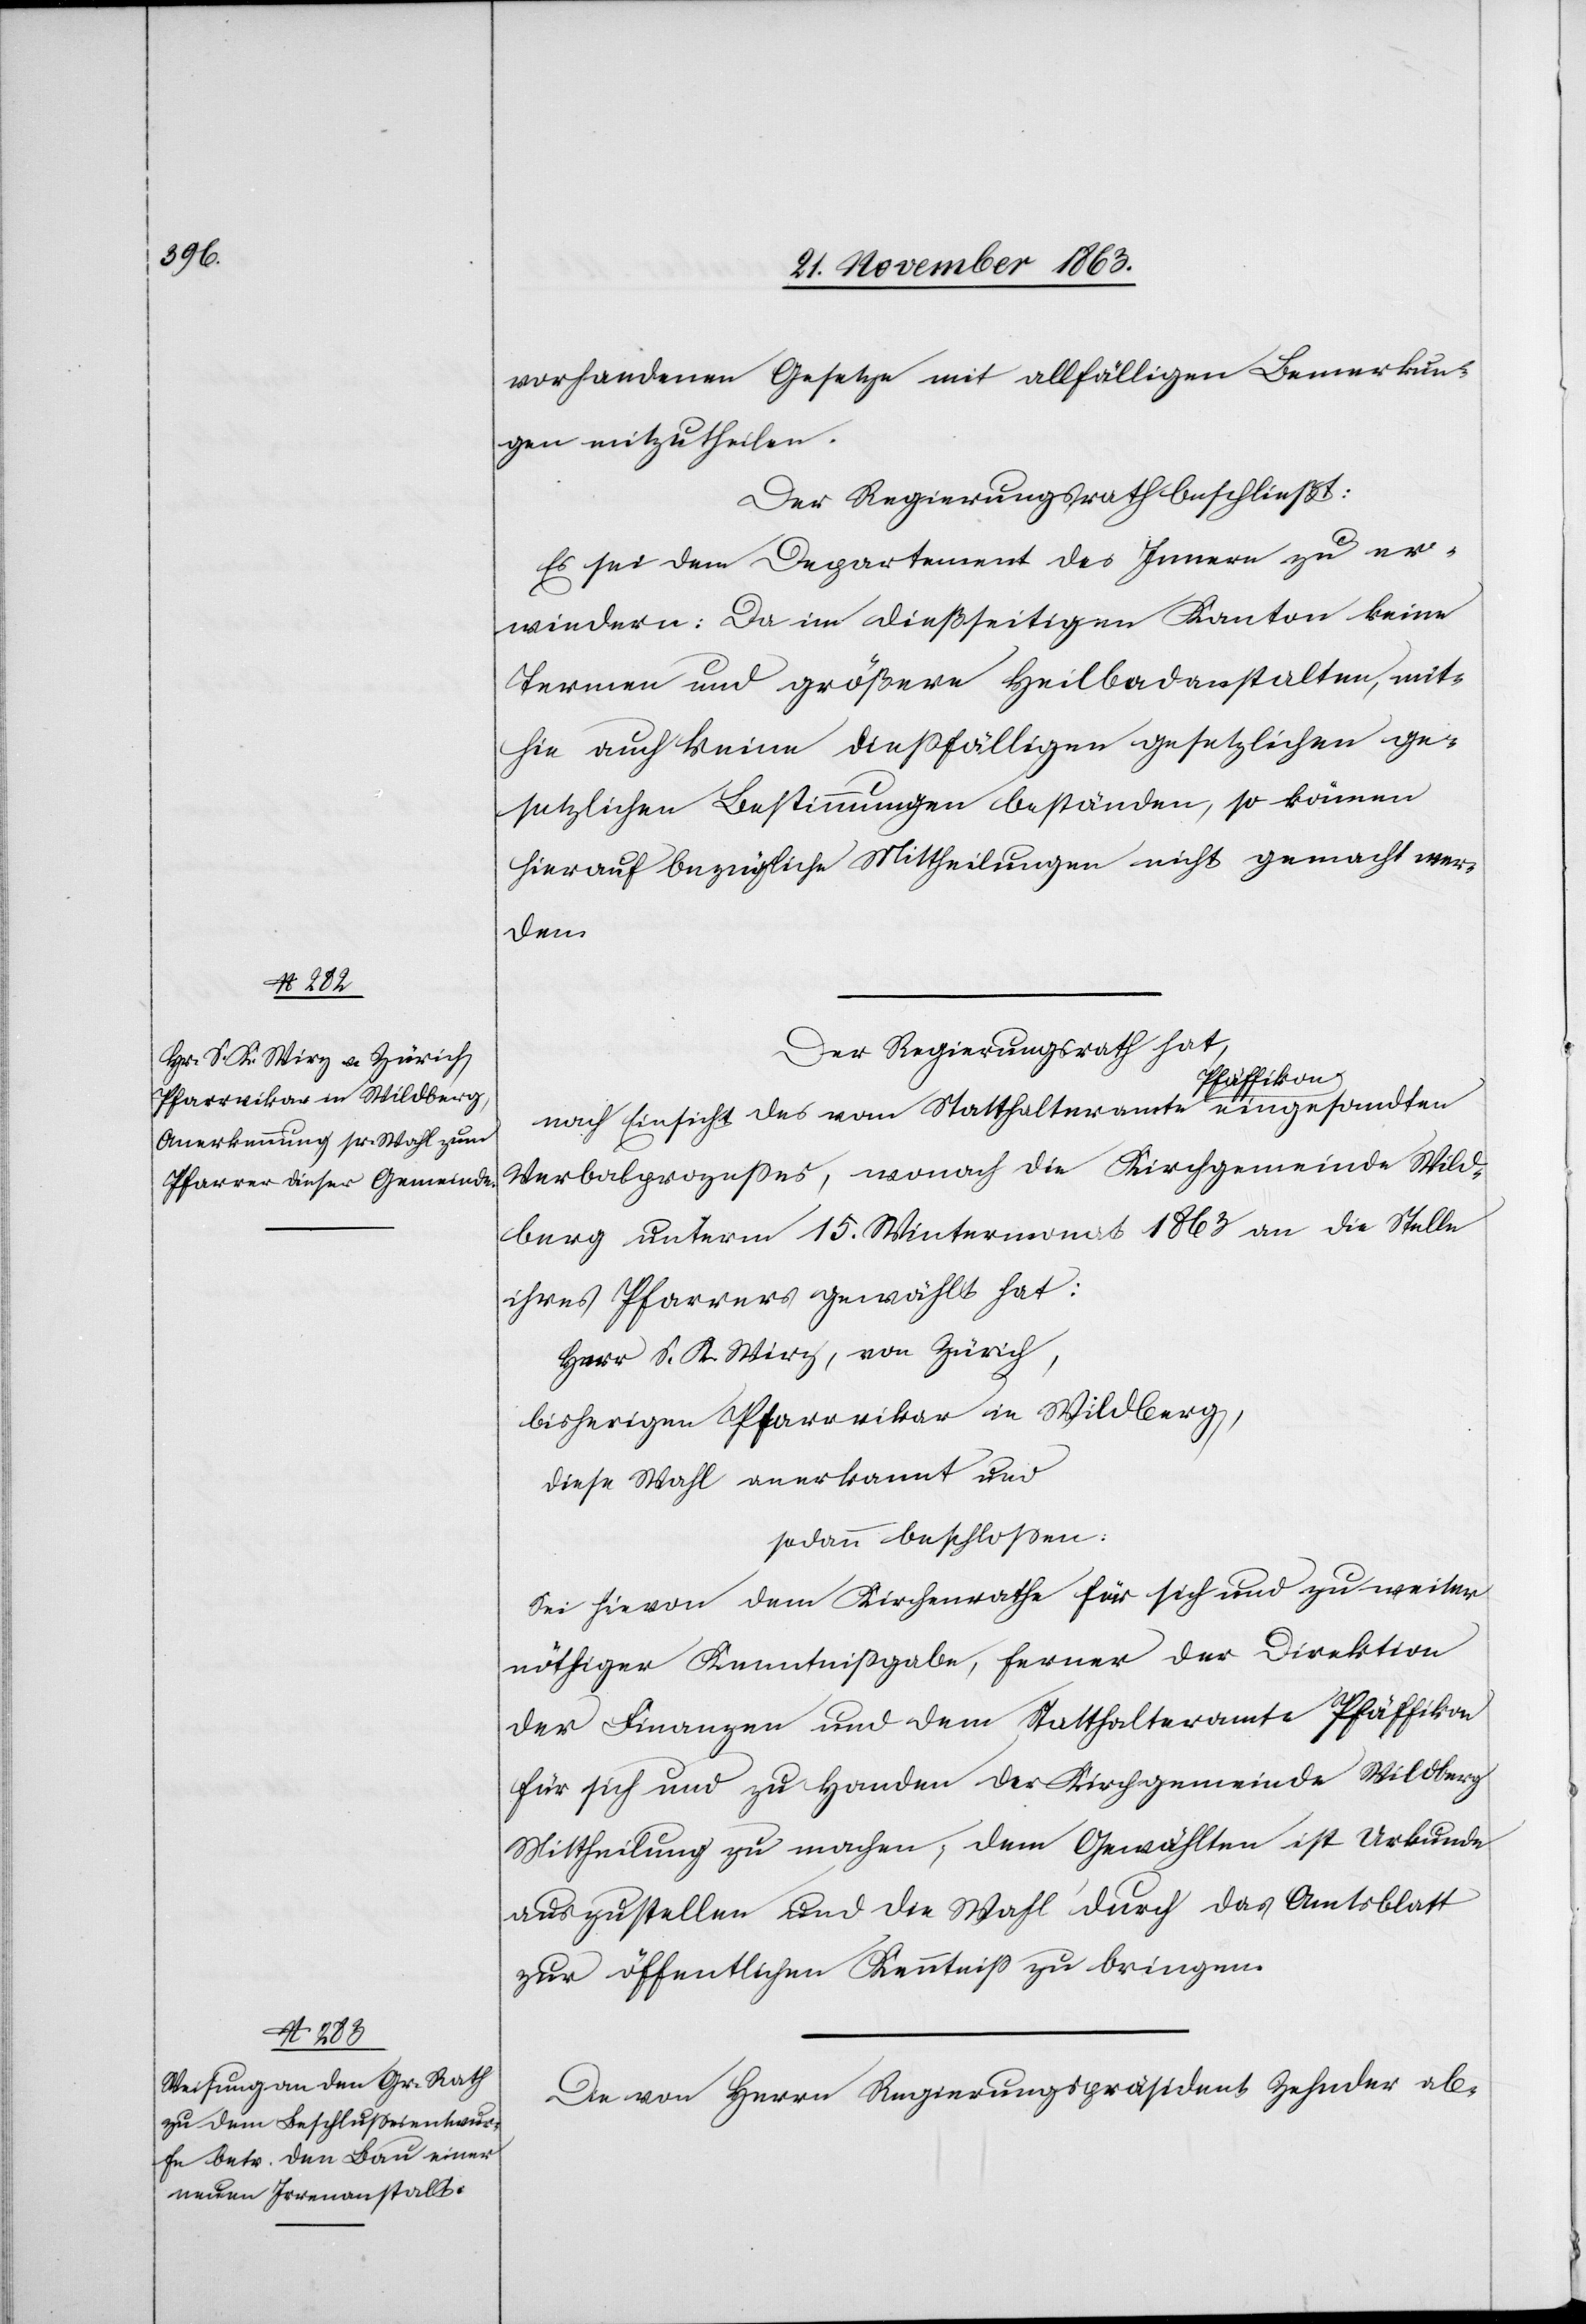
vorhandenen Gesetze mit allfälligen Bemerkun¬
gen mitzutheilen.
Der Regierungsrath beschließt:
Es sei dem Departement des Innern zu er¬
wiedern: Da im dießseitigen Kanton keine
Termen und größere Heilbadanstalten, mit¬
hin auch keine diessfälligen gesetzlichen ge¬
setzlichen [sic!] Bestimmungen beständen, so können
hierauf bezügliche Mittheilungen nicht gemacht wer¬
den.
Der Regierungsrath hat,
nach Einsicht des vom Statthalteramte Pfäffikon eingesandten
Verbalprozesses, wonach die Kirchgemeinde Wild¬
berg unterm 15. Wintermonat 1863 an die Stelle
ihres Pfarrers gewählt hat:
Herr S. K. Wirz, von Zürich,
bisherigen Pfarrvikar in Wildberg,
diese Wahl anerkannt und
sodann beschlossen:
Sei hievon dem Kirchenrathe für sich und zu weiter
nöthiger Kenntnißgabe, ferner der Direktion
der Finanzen und dem Statthalteramte Pfäffikon
für sich und zu Handen der Kirchgemeinde Wildberg
Mittheilung zu machen; dem Gewählten ist Urkunde
auszustellen und die Wahl durch das Amtsblatt
zur öffentlichen Kenntniss zu bringen.
Die von Herrn Regierungspräsident Zehnder ab-